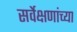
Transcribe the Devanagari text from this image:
सर्वेक्षणांच्या